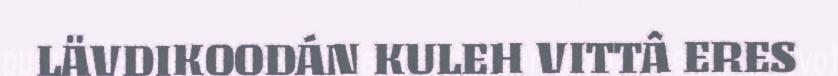
LÄVDIKOODÁN KULEH VITTÂ ERES